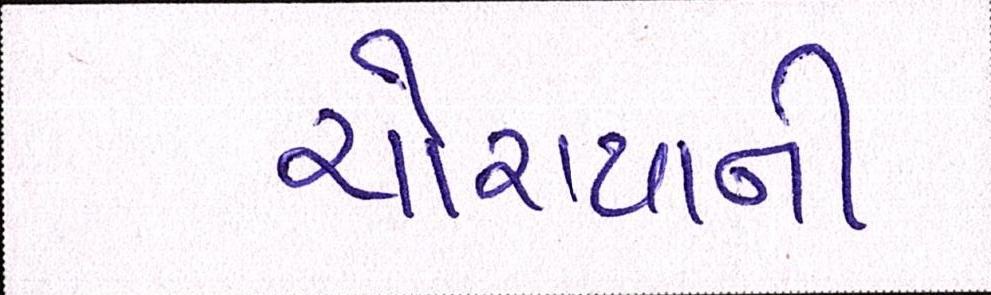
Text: ચોરાયાની